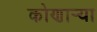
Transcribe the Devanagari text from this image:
कोणार्‍या